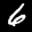
Label: 6